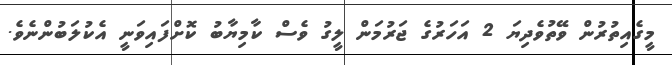
މީގެއިތުރުން ވޭތުވެދިޔަ 2 އަހަރުގެ ޖަރުމަން ލީގު ވެސް ކާމިޔާބު ކޮށްފައިވަނީ އެކުލަބުންނެވެ.